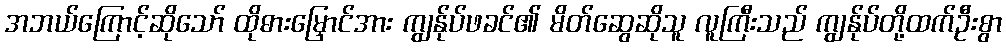
အဘယ်ကြောင့်ဆိုသော် ထိုဓားမြှောင်အား ကျွန်ုပ်ဖခင်၏ မိတ်ဆွေဆိုသူ လူကြီးသည် ကျွန်ုပ်တို့ထက်ဦးစွာ